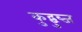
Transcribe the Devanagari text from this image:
कुद्बुब्ज